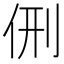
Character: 侀